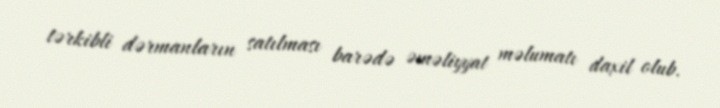
tərkibli dərmanların satılması barədə əməliyyat məlumatı daxil olub.